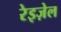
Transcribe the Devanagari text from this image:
रेइज़ेल